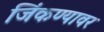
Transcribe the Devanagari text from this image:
जिंकण्यावर